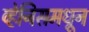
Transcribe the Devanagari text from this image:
व्हेनिसमधून